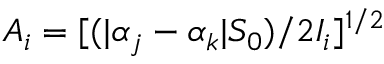
A _ { i } = [ ( | \alpha _ { j } - \alpha _ { k } | S _ { 0 } ) / 2 I _ { i } ] ^ { 1 / 2 }